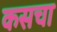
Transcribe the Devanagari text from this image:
कसचा